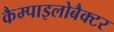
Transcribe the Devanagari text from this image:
कैम्पाइलोबैक्टर